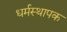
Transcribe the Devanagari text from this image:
धर्मस्थापक